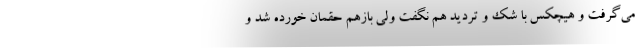
می‌گرفت و هیچکس با شک و تردید هم نگفت ولی بازهم حقمان خورده شد و